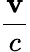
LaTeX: \frac{\textbf{v}}{c}